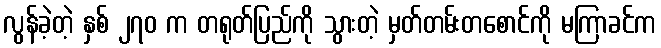
လွန်ခဲ့တဲ့ နှစ် ၂၇၀ က တရုတ်ပြည်ကို သွားတဲ့ မှတ်တမ်းတစောင်ကို မကြာခင်က